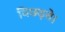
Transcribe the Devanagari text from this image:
बिछड़ते।